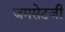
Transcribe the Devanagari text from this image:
जमसेटजी